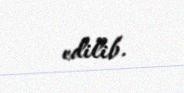
edilib.